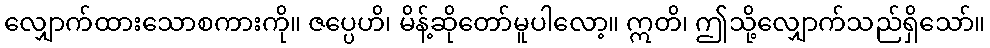
လျှောက်ထားသောစကားကို။ ဇပ္ပေဟိ၊ မိန့်ဆိုတော်မူပါလော့။ ဣတိ၊ ဤသို့လျှောက်သည်ရှိသော်။